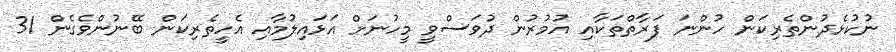
ނުކުޅެދުންތެރިކަން ހުންނަ ފަރާތްތަކާއި އުމުރުން ދުވަސްވީ މީހުނަށް އަޅައިލުމާއި އެހީތެރިކަން ބޭނުންވެގެން 31